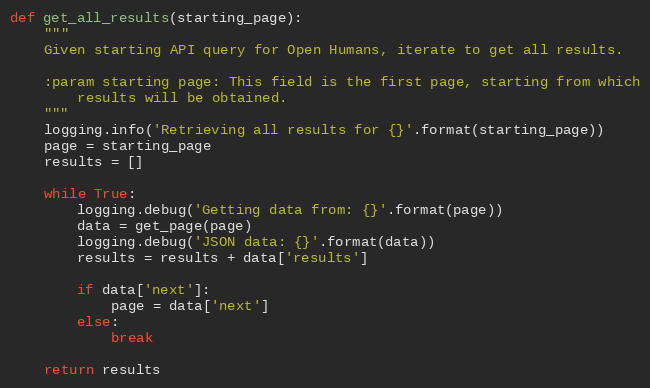
Language: Python
def get_all_results(starting_page):
    """
    Given starting API query for Open Humans, iterate to get all results.

    :param starting page: This field is the first page, starting from which
        results will be obtained.
    """
    logging.info('Retrieving all results for {}'.format(starting_page))
    page = starting_page
    results = []

    while True:
        logging.debug('Getting data from: {}'.format(page))
        data = get_page(page)
        logging.debug('JSON data: {}'.format(data))
        results = results + data['results']

        if data['next']:
            page = data['next']
        else:
            break

    return results